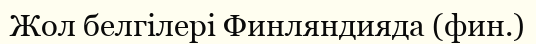
Жол белгілері Финляндияда (фин.)